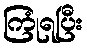
ကြုံရပြီး